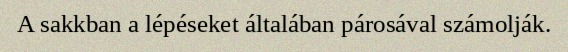
A sakkban a lépéseket általában párosával számolják.